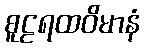
စူဠရထဝိမာနံ